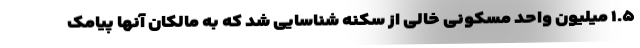
۱.۵ میلیون واحد مسکونی خالی از سکنه شناسایی شد که به مالکان آنها پیامک